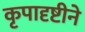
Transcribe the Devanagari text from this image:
कृपादृष्टीने